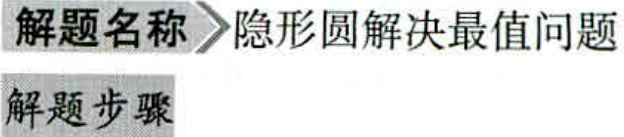
\begin{enumerate}

\item 解题名称：隐形圆解决最值问题

\item 解题步骤：

\end{enumerate}